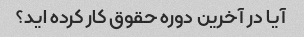
آیا در آخرین دوره حقوق کار کرده اید؟